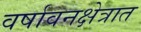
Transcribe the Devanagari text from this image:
वर्षावनक्षेत्रात